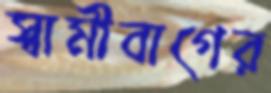
স্বামীবাগের